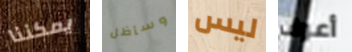
يمكننا وسأظل ليس أعرف